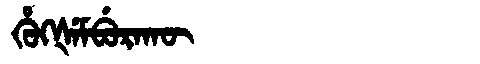
Manchu: ᡥᡠᡴᡧᡝᠮᠪᡠᡵᠠᡴᡡ
Romanization: HUKŠEMBURAKŪ